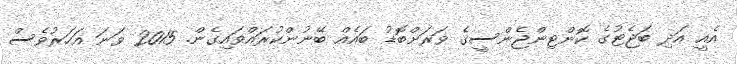
އެއީ އަދި ބަޖެޓުގެ ކޮންޓިންޖެންސީގެ ވަރަށްބޮޑު ބައެއް ބޭނުންކުރައްވައިގެން. 2015 ވަނަ އަހަރުވެސް